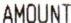
AMOUNT